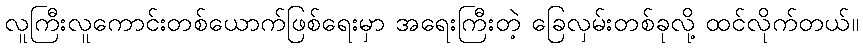
လူကြီးလူကောင်းတစ်ယောက်ဖြစ်ရေးမှာ အရေးကြီးတဲ့ ခြေလှမ်းတစ်ခုလို့ ထင်လိုက်တယ်။